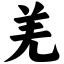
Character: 羌